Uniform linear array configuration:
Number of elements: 8
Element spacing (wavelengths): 0.5
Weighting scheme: exponential
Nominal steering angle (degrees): -45
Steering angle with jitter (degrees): -43.532
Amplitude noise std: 0.05
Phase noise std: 0.05

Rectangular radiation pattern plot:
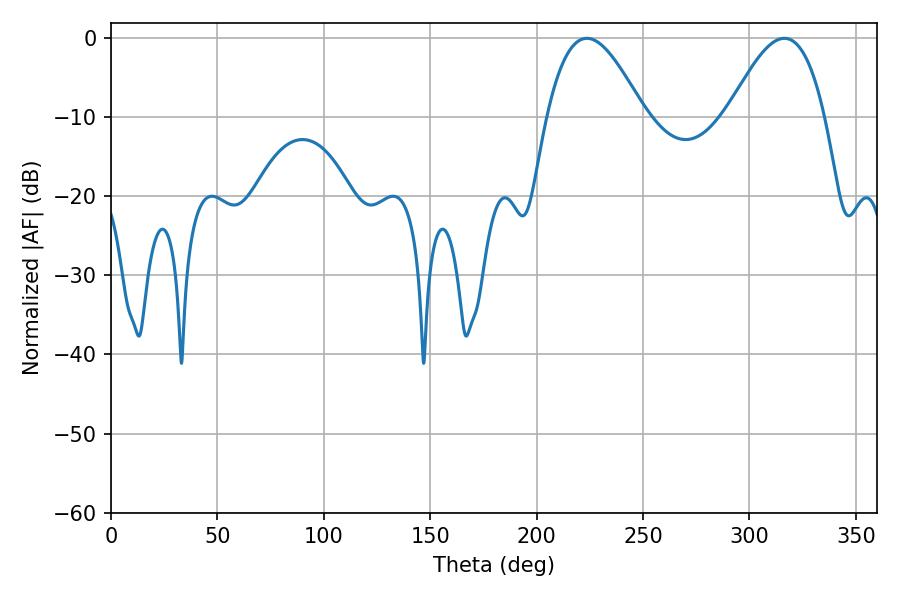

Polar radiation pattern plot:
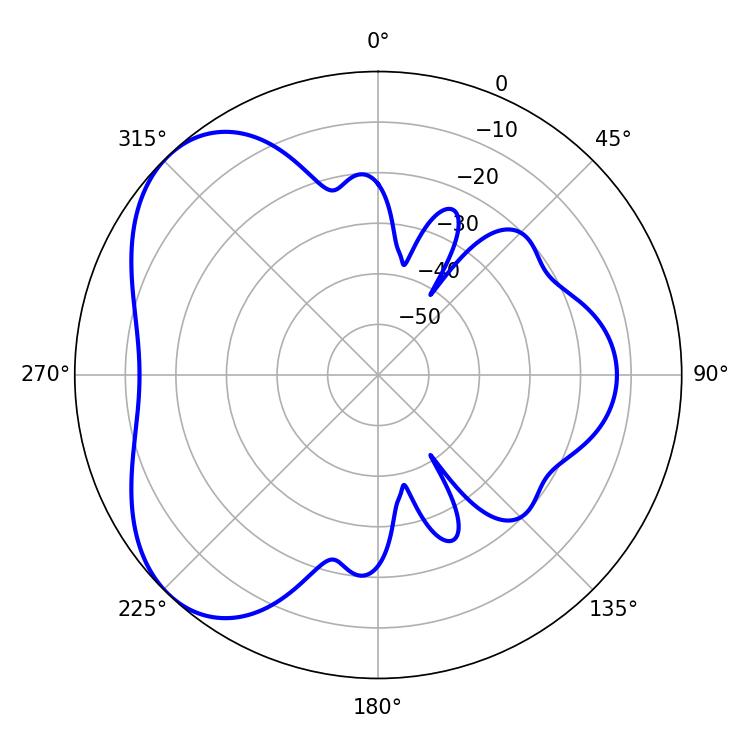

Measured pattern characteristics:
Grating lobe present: FALSE
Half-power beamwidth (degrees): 24.84
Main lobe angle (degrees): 223.56